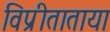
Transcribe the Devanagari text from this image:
विप्रीताताया